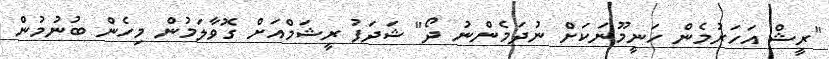
"ރީޝް އަހަރުމެން ހަނީމޫނަކަށް ނުދަމެންނު ދޯ" ޝަދަފު ރީޝަމްއަށް ގޮވާލަމުން މިހެން ބުނުމުން